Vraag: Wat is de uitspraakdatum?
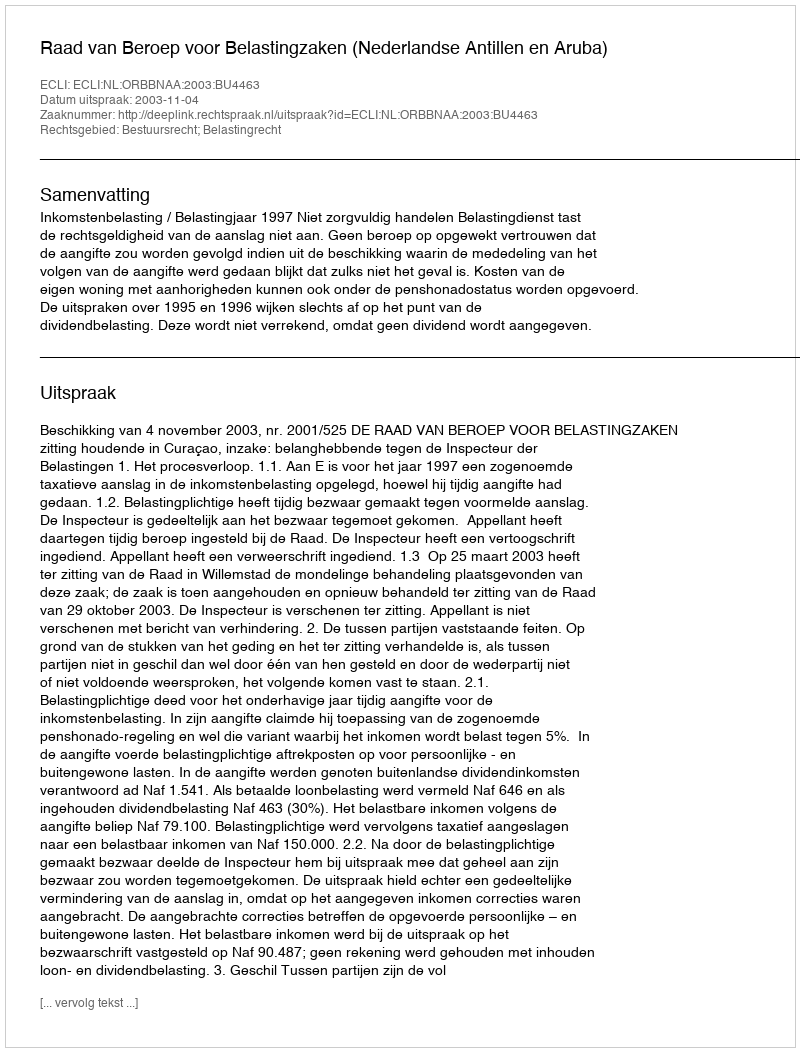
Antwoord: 2003-11-04